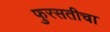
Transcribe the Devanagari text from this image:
फुरसतीचा